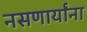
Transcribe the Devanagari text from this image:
नसणार्यांना